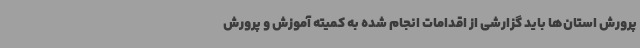
پرورش استان‌ها باید گزارشی از اقدامات انجام شده به کمیته آموزش و پرورش